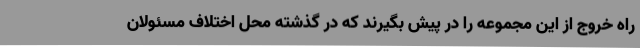
راه خروج از این مجموعه را در پیش بگیرند که در گذشته محل اختلاف مسئولان